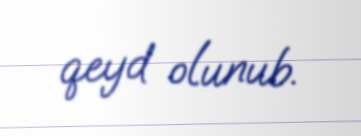
qeyd olunub.